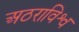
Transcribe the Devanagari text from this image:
अठराविश्व